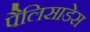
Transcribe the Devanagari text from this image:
पैलिसाडेस